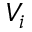
V _ { i }